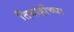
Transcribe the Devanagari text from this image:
तिमाहींच्या